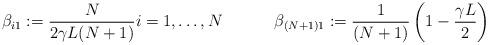
LaTeX: \begin{align*}\beta_{i1} := \frac{N}{2\gamma L (N+1)} i = 1, \ldots, N && && \beta_{(N+1)1} := \frac{1}{(N+1)}\left(1 - \frac{\gamma L}{2}\right)\end{align*}